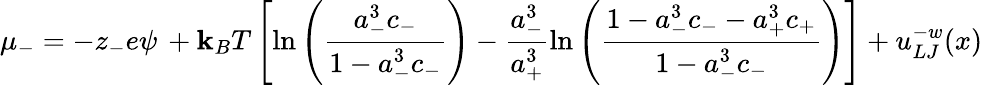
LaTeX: \mu_{-}=-z_{-}e\psi\, +\mathbf{k}_{B}T\left[\ln\left({\frac{{a_{-}^{3}c_{-}}}{{1-a_{-}^{3}c_{-}}}}\right)-\frac{{a_{-}^{3}}}{{a_{+}^{3}}}\ln\left({\frac{{1-a_{-}^{3}c_{-}-a_{+}^{3}c_{+}}}{{1-a_{-}^{3}c_{-}}}}\right)\right]+u_{LJ}^{-w}(x)